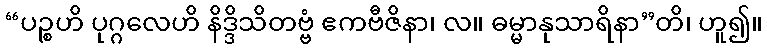
“ပဉ္စဟိ ပုဂ္ဂလေဟိ နိဒ္ဒိသိတဗ္ဗံ ဧကဗီဇိနာ၊ လ။ ဓမ္မာနုသာရိနာ”တိ၊ ဟူ၍။